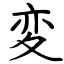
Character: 変